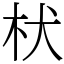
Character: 枤